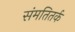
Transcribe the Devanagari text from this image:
संमतितर्क